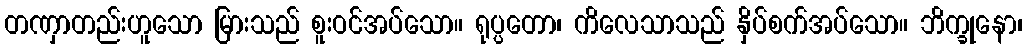
တဏှာတည်းဟူသော မြားသည် စူးဝင်အပ်သော။ ရုပ္ပတော၊ ကိလေသာသည် နှိပ်စက်အပ်သော။ ဘိက္ခုနော၊